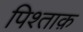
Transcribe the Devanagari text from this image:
पिश्ताक़